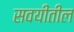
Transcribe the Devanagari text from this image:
सवयींतील